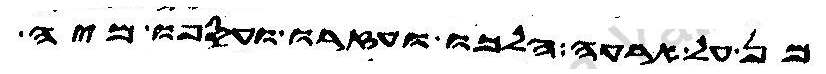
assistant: מן על ארעה הלכו ועזרו ועספו מיה